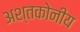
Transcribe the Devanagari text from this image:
अश्तकोनीय